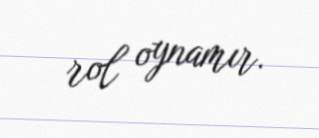
rol oynamır.